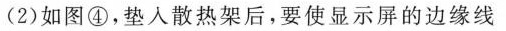
(2)如图④，垫入散热架后，要使显示屏的边缘线